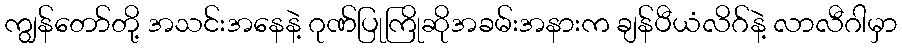
ကျွန်တော်တို့ အသင်းအနေနဲ့ ဂုဏ်ပြုကြိုဆိုအခမ်းအနားက ချန်ပီယံလိဂ်နဲ့ လာလီဂါမှာ